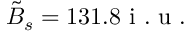
\tilde { B } _ { s } = 1 3 1 . 8 \mathrm { ~ i ~ . ~ u ~ . ~ }